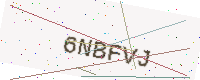
Text: 6NBFVJ